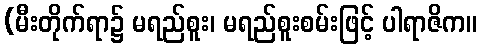
(မီးတိုက်ရာ၌ မရည်စူး၊ မရည်စူးစမ်းဖြင့် ပါရာဇိက။